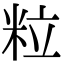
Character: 粒